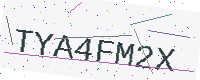
Text: TYA4FM2X